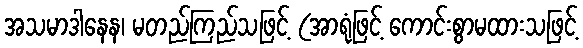
အသမာဒါနေန၊ မတည်ကြည်သဖြင့် (အာရုံဖြင့် ကောင်းစွာမထားသဖြင့်